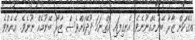
އެގޭކަށް ޒާރާ ބޭނުމެއްނޫނެވެ. އެނގިފައި އޮތްނަމަ ދޫދޭކަށްވެސް ޒާރާ ބޭނުމެއް ނޫނެވެ. އެހެންވެ